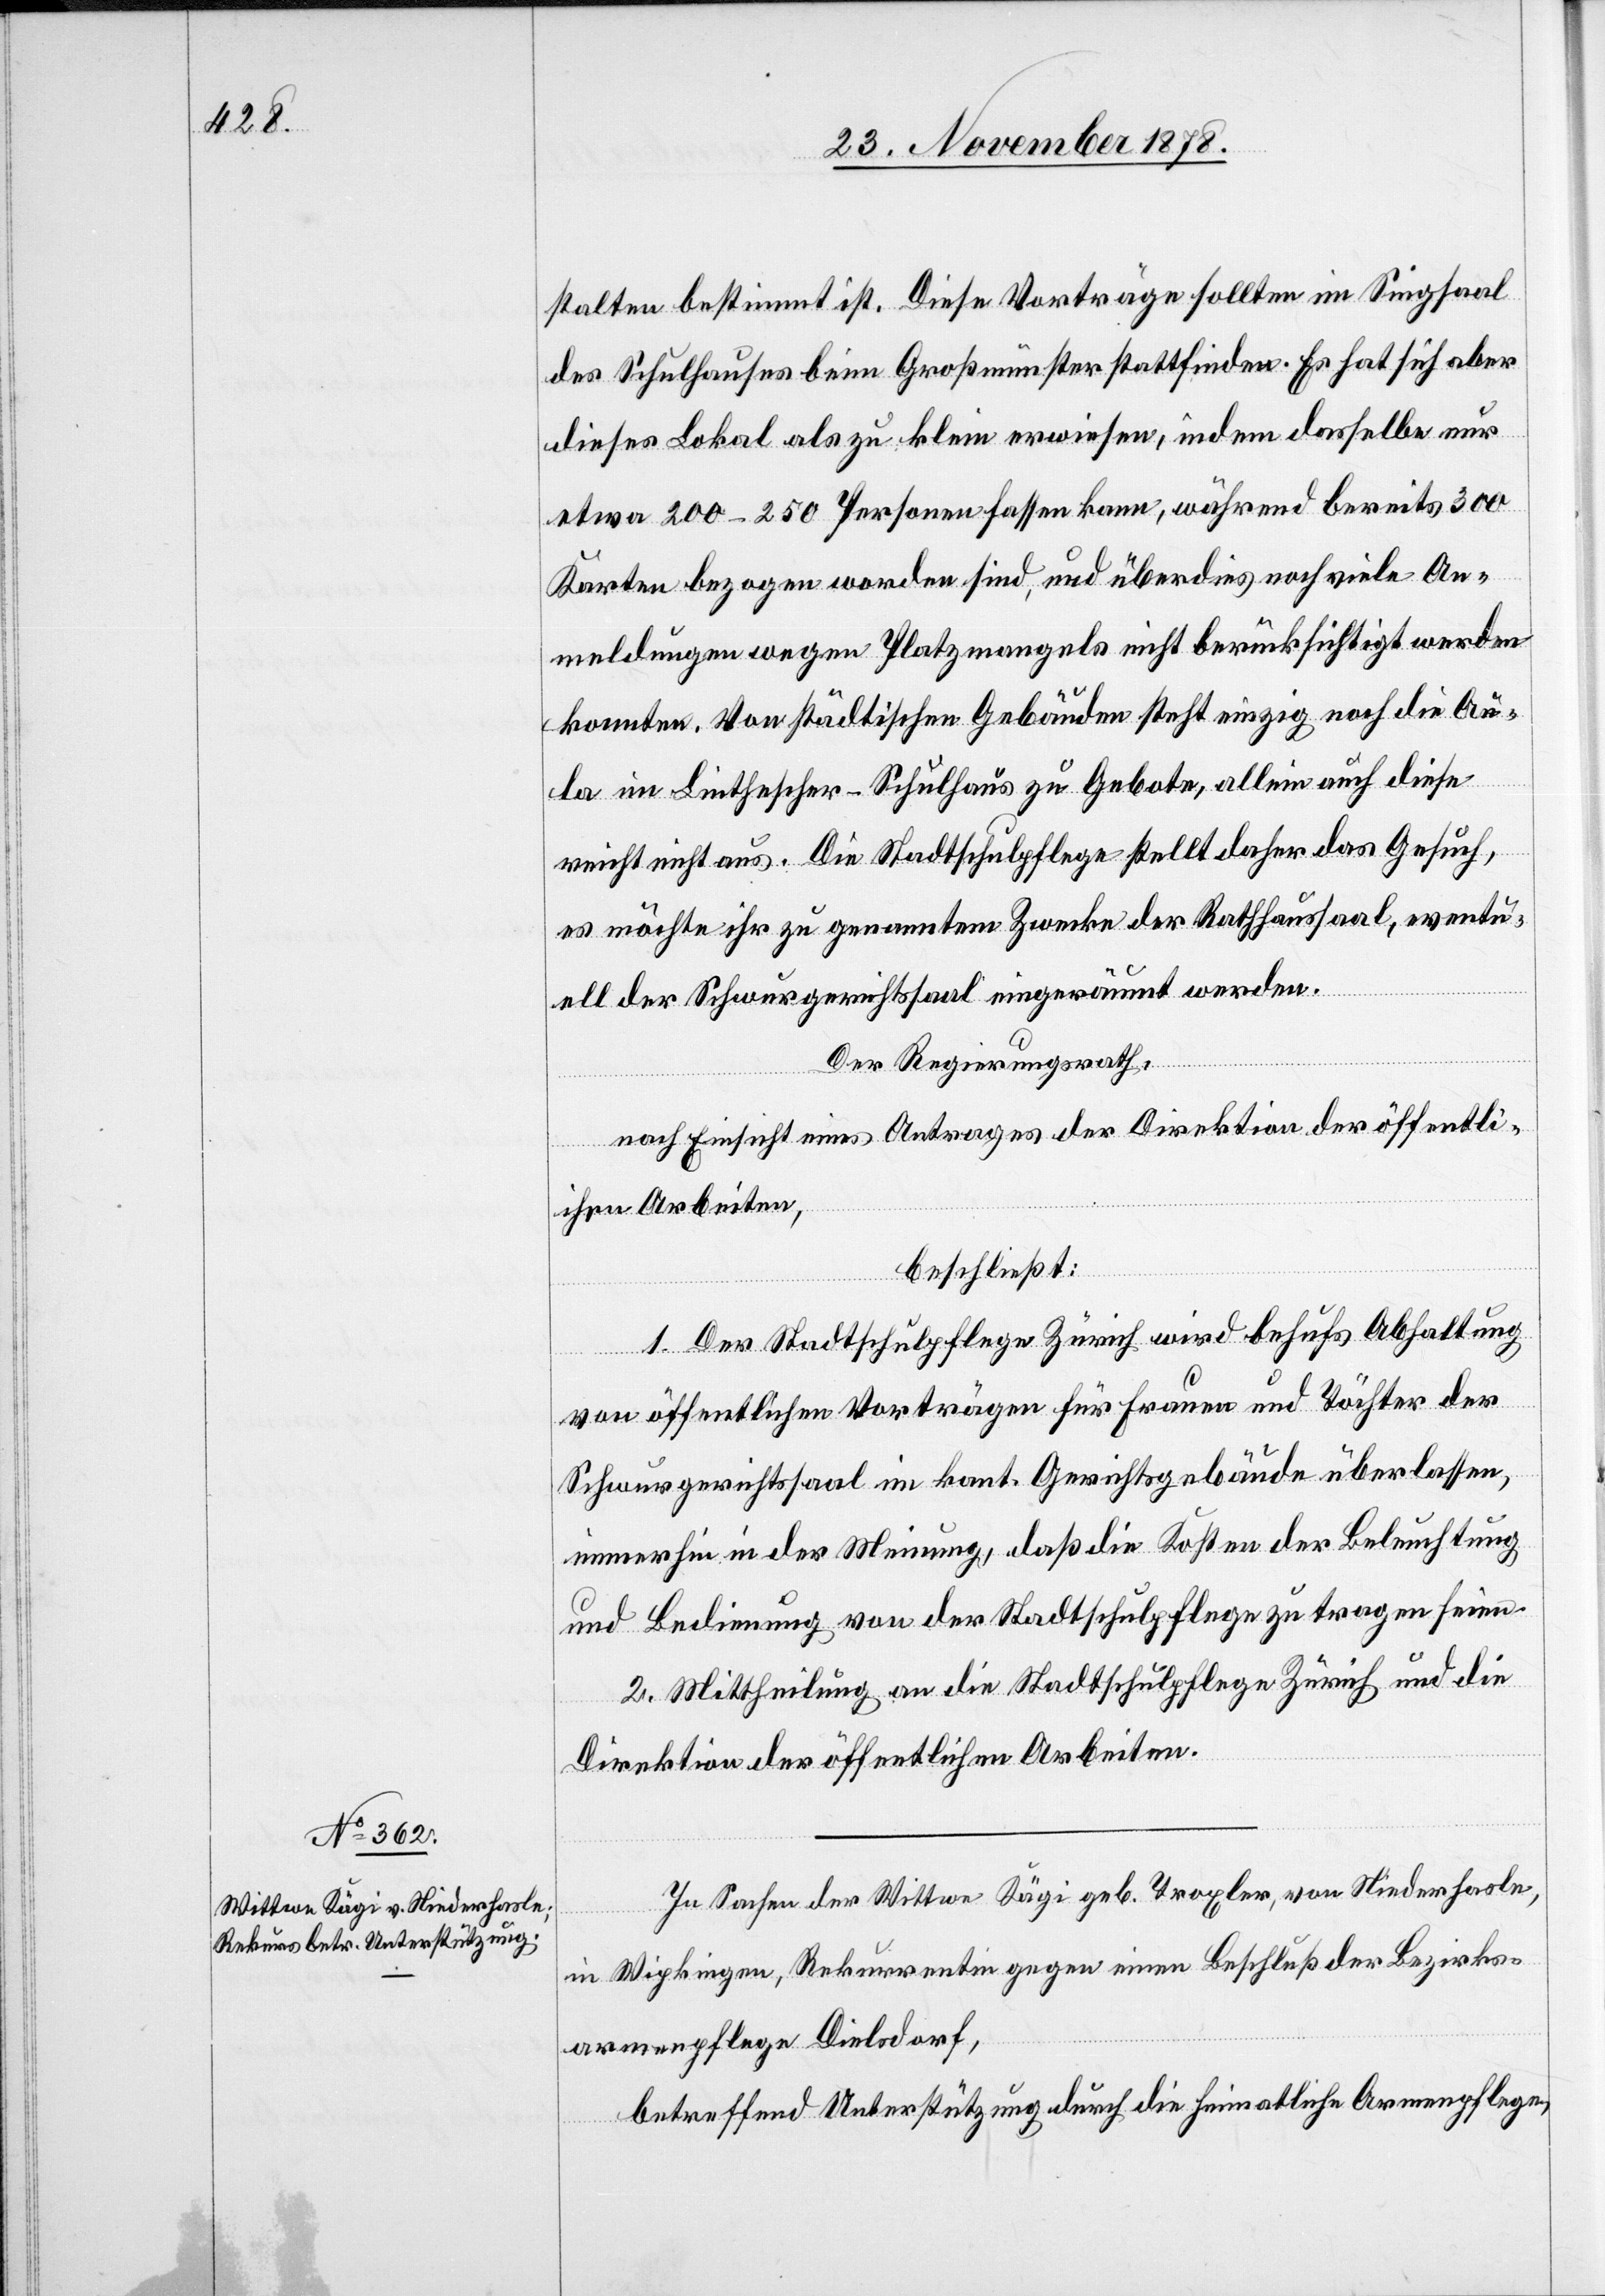
stalten bestimmt ist. Diese Vorträge sollten im Singsaal
des Schulhauses beim Großmünster stattfinden. Es hat sich aber
dieses Lokal als zu klein erwiesen, indem dasselbe nur
etwa 200–250 Personen fassen kann, während bereits 300
Karten bezogen worden sind, und überdies noch viele An¬
meldungen wegen Platzmangels nicht berücksichtigt werden
konnten. Von städtischen Gebäuden steht einzig noch die Au¬
la im Linthescher-Schulhaus zu Gebote, allein auch diese
reicht nicht aus. Die Stadtschulpflege stellt daher das Gesuch,
es möchte ihr zu genanntem Zwecke der Rathhaussaal, eventu¬
ell der Schwurgerichtssaal eingeräumt werden.
Der Regierungsrath,
nach Einsicht eines Antrages der Direktion der öffentli¬
chen Arbeiten,
beschließt:
1. Der Stadtschulpflege Zürich wird behufs Abhaltung
von öffentlichen Vorträgen für Frauen und Töchter der
Schwurgerichtssaal im kant. Gerichtsgebäude überlassen,
immerhin in der Meinung, daß die Kosten der Beleuchtung
und Bedienung von der Stadtschulpflege zu tragen seien.
2. Mittheilung an die Stadtschulpflege Zürich und die
Direktion der öffentlichen Arbeiten.
In Sachen der Wittwe Kägi geb. Troxler, von Niederhasle,
in Wipkingen, Rekurrentin gegen einen Beschluß der Bezirks¬
armenpflege Dielsdorf,
betreffend Unterstützung durch die heimatliche Armenpflege,